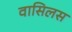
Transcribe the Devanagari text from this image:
वासिलस